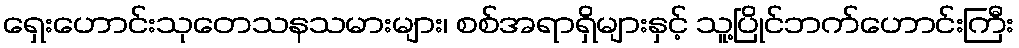
ရှေးဟောင်းသုတေသနသမားများ၊ စစ်အရာရှိများနှင့် သူ့ပြိုင်ဘက်ဟောင်းကြီး